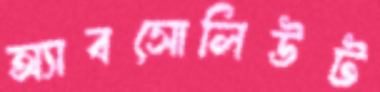
অ্যাবসোলিউট